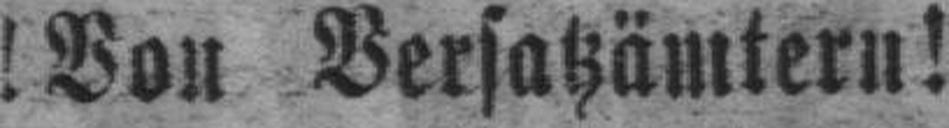
!Von Versatzämtern!